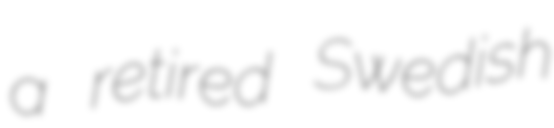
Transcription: a retired Swedish